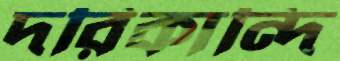
দরিকান্দি